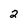
Character: 2